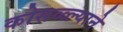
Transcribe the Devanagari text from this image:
कोसळ्ल्याने